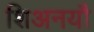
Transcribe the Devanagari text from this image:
शिअनयौ